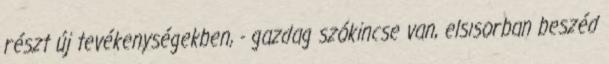
részt új tevékenységekben, - gazdag szókincse van, elsısorban beszéd